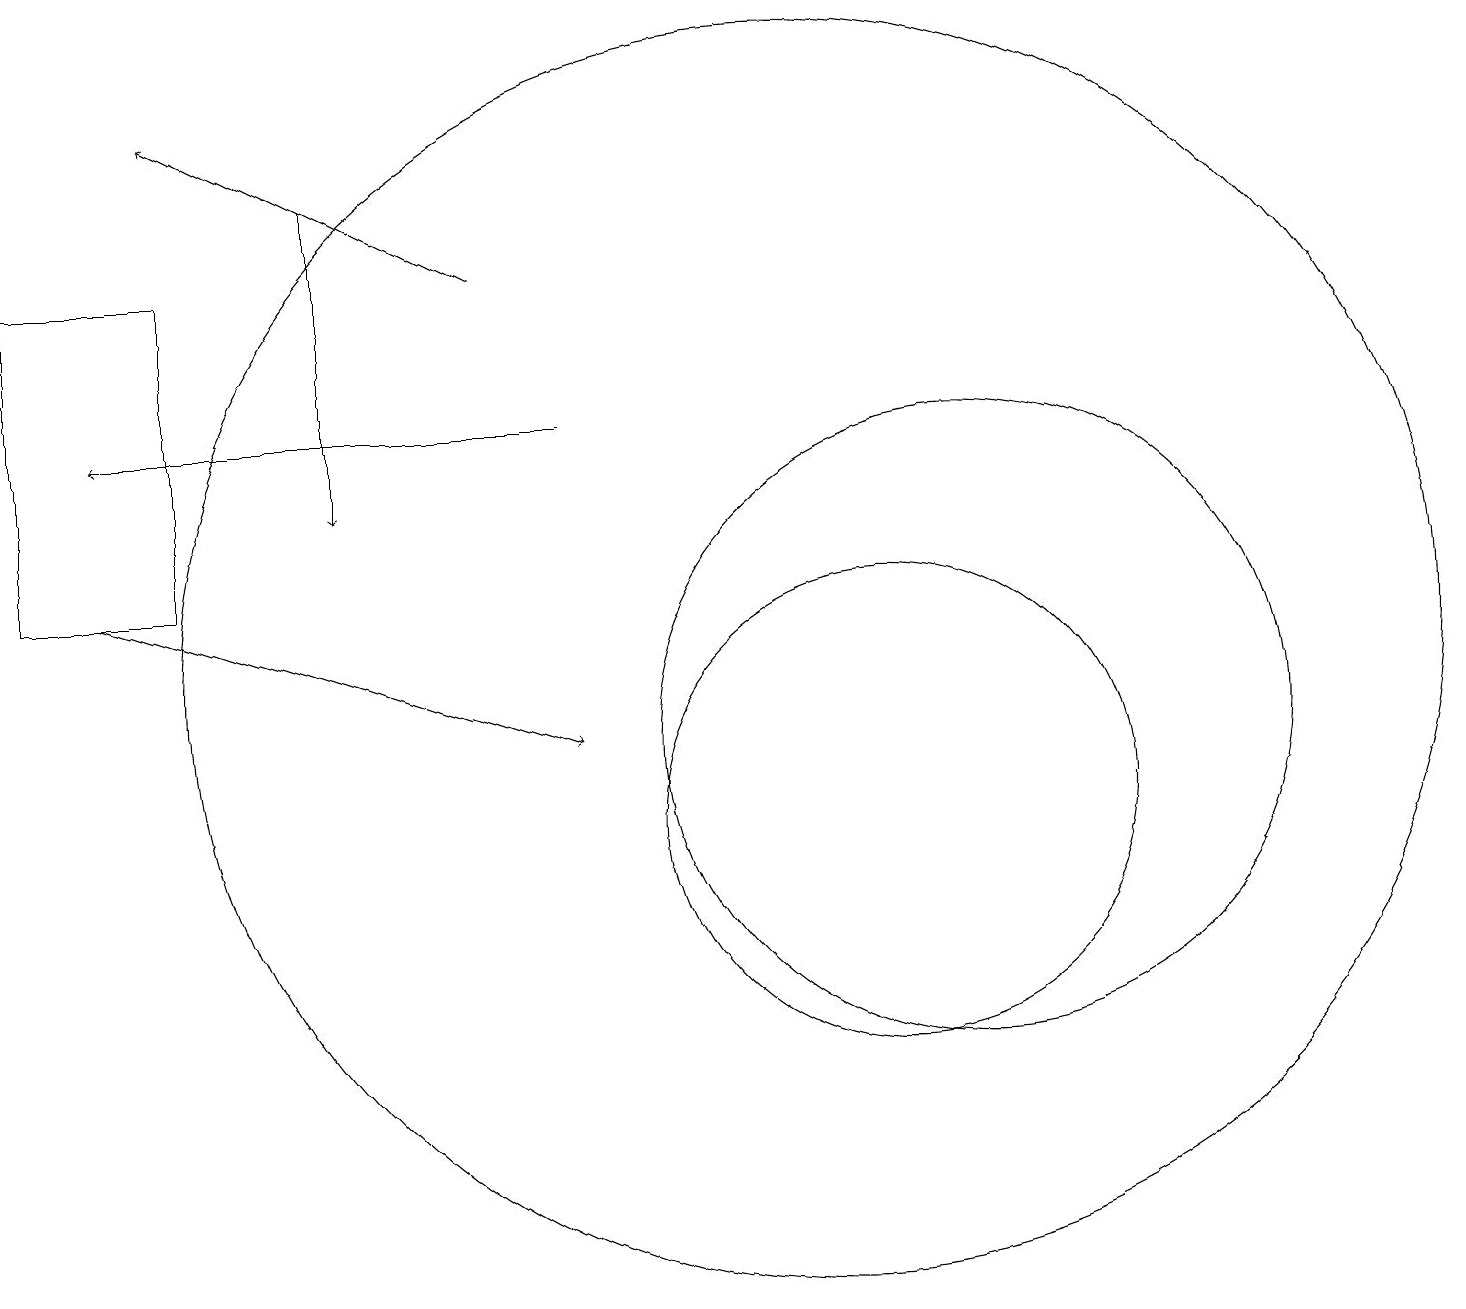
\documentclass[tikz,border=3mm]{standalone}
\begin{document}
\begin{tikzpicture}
\draw[->] (7,15) -- (1,15);
\draw[->] (4,18) -- (4,14);
\draw (12,11) circle (4);
\draw (11,10) circle (3);
\draw[->] (1,13) -- (7,11);
\draw (10,12) circle (8);
\draw (0,13) rectangle (2,17);
\draw[->] (6,17) -- (2,19);
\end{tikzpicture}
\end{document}